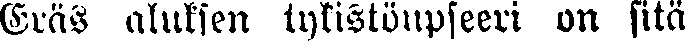
Eräs aluksen tykistönpseeri on sitä